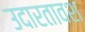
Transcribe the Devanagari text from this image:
उदारतावश